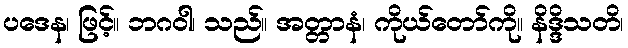
ပဒေန၊ ဖြင့်။ ဘဂဝါ၊ သည်။ အတ္တာနံ၊ ကိုယ်တော်ကို။ နိဒ္ဒိသတိ၊